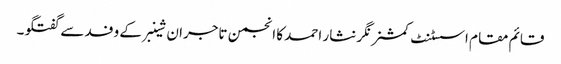
قائم مقام اسسٹنٹ کمشنر نگر نثار احمد کا انجمن تاجران شینبرکے وفد سے گفتگو۔